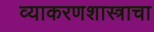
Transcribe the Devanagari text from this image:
व्याकरणशास्त्राचा